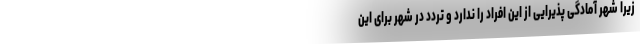
زیرا شهر آمادگی پذیرایی از این افراد را ندارد و تردد در شهر برای این